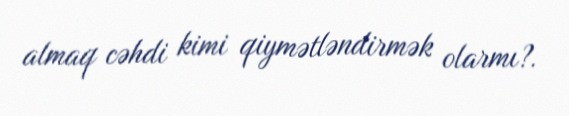
almaq cəhdi kimi qiymətləndirmək olarmı?.